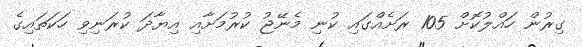
ގިރުން ހައްލުކޮށް 105 ރަށެއްގައި ކުނި މެނޭޖު ކުރުމަށާއި އިޔާދަ ކުރަނިވި ހަކަތައިގެ